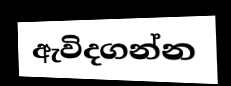
ඇවිදගන්න